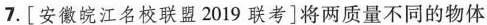
7.[安徽皖江名校联盟2019联考]将两质量不同的物体